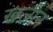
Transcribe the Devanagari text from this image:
खज़ीन